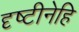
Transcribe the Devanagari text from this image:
दृष्टीनेहि